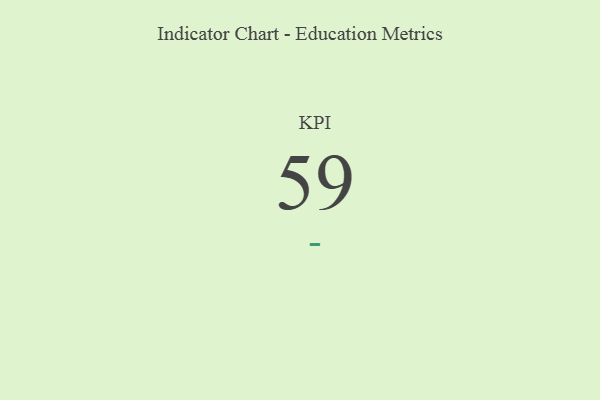
{"axis": {"x": "KPI", "y": "Value"}, "legend": [""], "data": [{"x": "KPI", "y": 59, "type": ""}]}